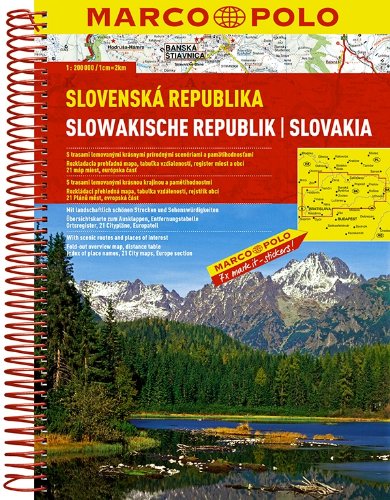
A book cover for Slovenska Republika Marco Polo Road Atlas; Marco Polo Travel; Travel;